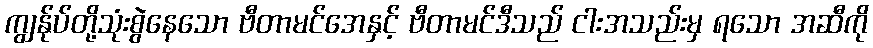
ကျွန်ုပ်တို့သုံးစွဲနေသော ဗီတာမင်အေနှင့် ဗီတာမင်ဒီသည် ငါးအသည်းမှ ရသော အဆီကို